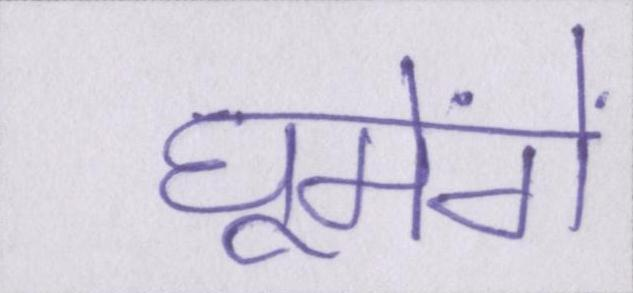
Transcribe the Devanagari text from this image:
घूमेंगे